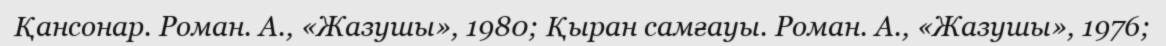
Қансонар. Роман. А., «Жазушы», 1980; Қыран самғауы. Роман. А., «Жазушы», 1976;